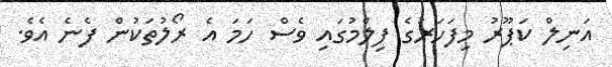
އަނިލް ކަޕޫރު މިފަހަރުގެ ފިލްމުގައި ވެސް ހަމަ އެ ރޯލުތަކުން ފެނެ އެވެ.